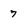
Character: 7